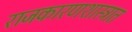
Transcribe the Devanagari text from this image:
राजकारणशास्त्रात